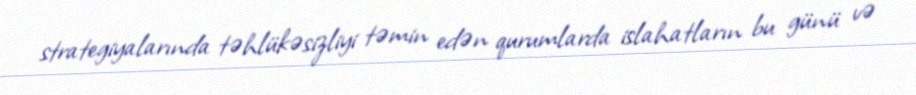
strategiyalarında təhlükəsizliyi təmin edən qurumlarda islahatların bu günü və